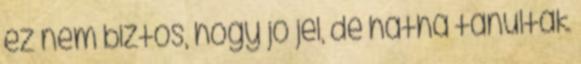
ez nem biztos, hogy jó jel, de hátha tanultak